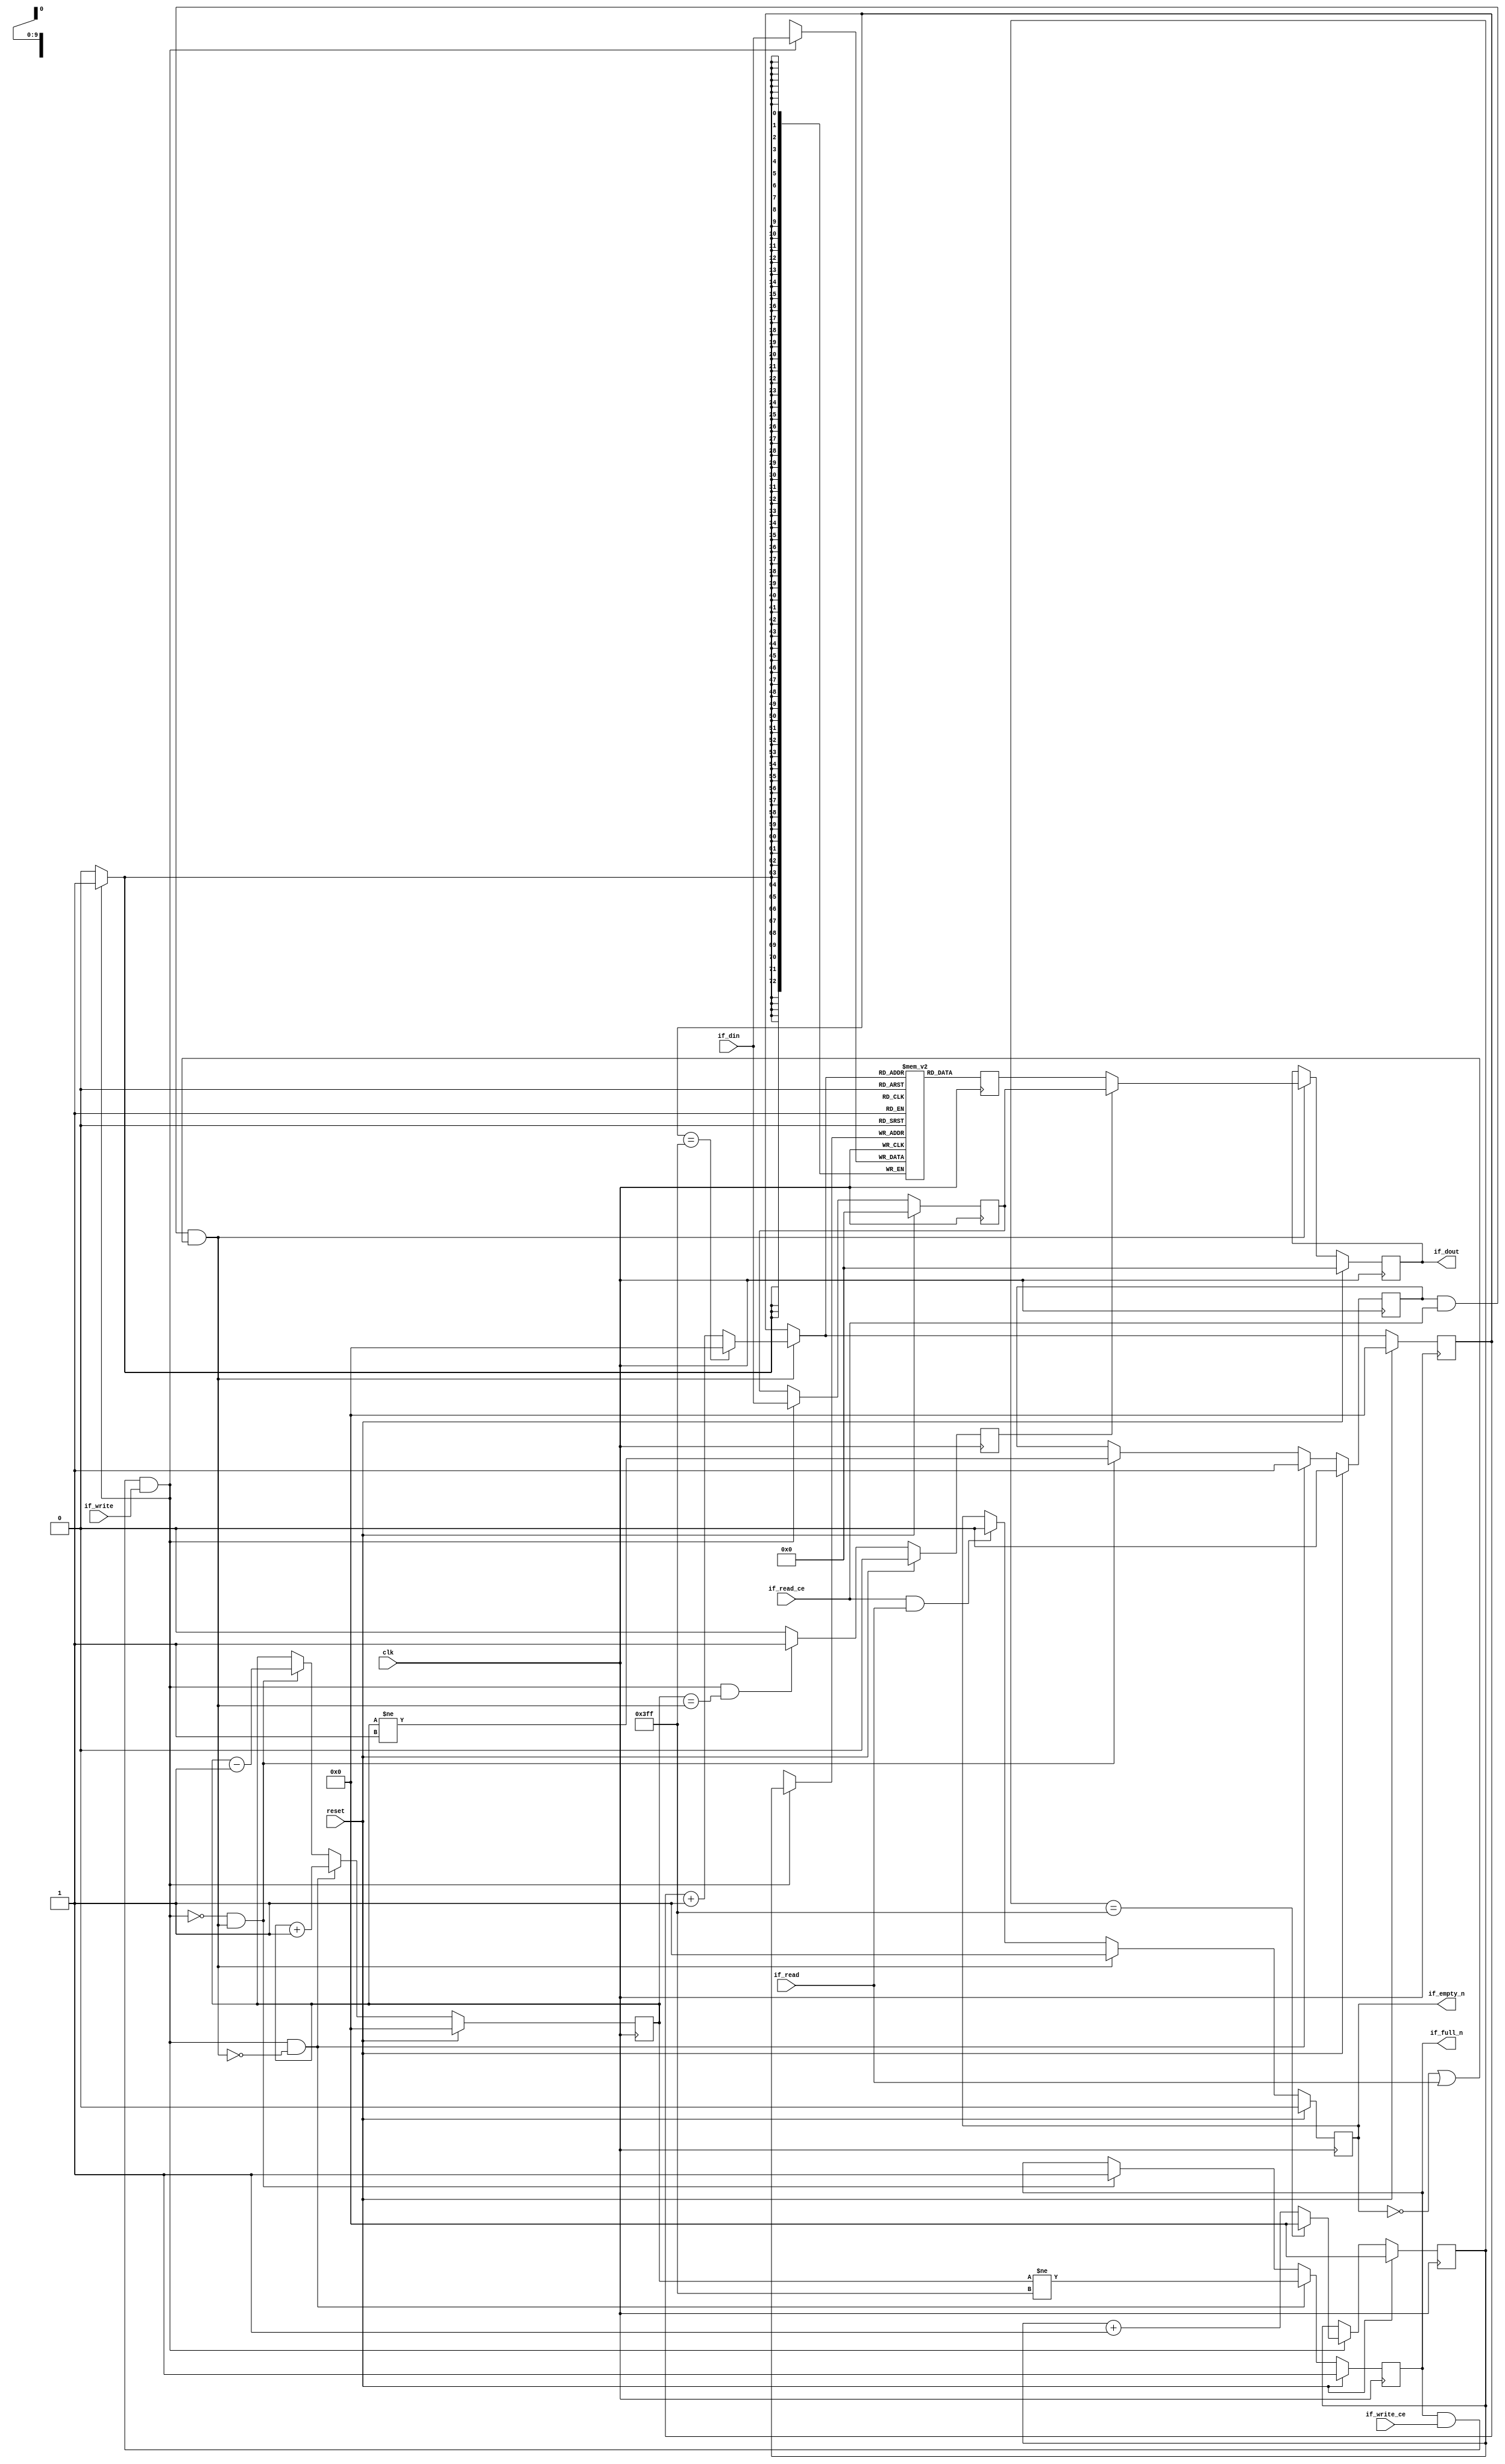
// This program was cloned from: https://github.com/mustafabbas/ECE1373_2016_hft_on_fpga
// License: MIT License

// ==============================================================
// File generated by Vivado(TM) HLS - High-Level Synthesis from C, C++ and SystemC
// Version: 2016.3
// Copyright (C) 1986-2016 Xilinx, Inc. All Rights Reserved.
// 
// ==============================================================


`timescale 1ns/1ps

module udpCapitalize_lb_bkb
#(parameter
    MEM_STYLE  = "block",
    DATA_WIDTH = 73,
    ADDR_WIDTH = 10,
    DEPTH      = 1024
)
(
    // system signal
    input  wire                  clk,
    input  wire                  reset,

    // write
    output wire                  if_full_n,
    input  wire                  if_write_ce,
    input  wire                  if_write,
    input  wire [DATA_WIDTH-1:0] if_din,

    // read
    output wire                  if_empty_n,
    input  wire                  if_read_ce,
    input  wire                  if_read,
    output wire [DATA_WIDTH-1:0] if_dout
);
//------------------------Parameter----------------------

//------------------------Local signal-------------------
(* ram_style = MEM_STYLE *)
reg  [DATA_WIDTH-1:0] mem[0:DEPTH-1];
reg  [DATA_WIDTH-1:0] q_buf = 1'b0;
reg  [ADDR_WIDTH-1:0] waddr = 1'b0;
reg  [ADDR_WIDTH-1:0] raddr = 1'b0;
wire [ADDR_WIDTH-1:0] wnext;
wire [ADDR_WIDTH-1:0] rnext;
wire                  push;
wire                  pop;
reg  [ADDR_WIDTH-1:0] usedw = 1'b0;
reg                   full_n = 1'b1;
reg                   empty_n = 1'b0;
reg  [DATA_WIDTH-1:0] q_tmp = 1'b0;
reg                   show_ahead = 1'b0;
reg  [DATA_WIDTH-1:0] dout_buf = 1'b0;
reg                   dout_valid = 1'b0;


//------------------------Instantiation------------------

//------------------------Task and function--------------

//------------------------Body---------------------------
assign if_full_n  = full_n;
assign if_empty_n = dout_valid;
assign if_dout    = dout_buf;
assign push       = full_n & if_write_ce & if_write;
assign pop        = empty_n & if_read_ce & (~dout_valid | if_read);
assign wnext      = !push                ? waddr :
                    (waddr == DEPTH - 1) ? 1'b0  :
                    waddr + 1'b1;
assign rnext      = !pop                 ? raddr :
                    (raddr == DEPTH - 1) ? 1'b0  :
                    raddr + 1'b1;

// waddr
always @(posedge clk) begin
    if (reset == 1'b1)
        waddr <= 1'b0;
    else
        waddr <= wnext;
end

// raddr
always @(posedge clk) begin
    if (reset == 1'b1)
        raddr <= 1'b0;
    else
        raddr <= rnext;
end

// usedw
always @(posedge clk) begin
    if (reset == 1'b1)
        usedw <= 1'b0;
    else if (push & ~pop)
        usedw <= usedw + 1'b1;
    else if (~push & pop)
        usedw <= usedw - 1'b1;
end

// full_n
always @(posedge clk) begin
    if (reset == 1'b1)
        full_n <= 1'b1;
    else if (push & ~pop)
        full_n <= (usedw != DEPTH - 1);
    else if (~push & pop)
        full_n <= 1'b1;
end

// empty_n
always @(posedge clk) begin
    if (reset == 1'b1)
        empty_n <= 1'b0;
    else if (push & ~pop)
        empty_n <= 1'b1;
    else if (~push & pop)
        empty_n <= (usedw != 1'b1);
end

// mem
always @(posedge clk) begin
    if (push)
        mem[waddr] <= if_din;
end

// q_buf
always @(posedge clk) begin
    q_buf <= mem[rnext];
end

// q_tmp
always @(posedge clk) begin
    if (reset == 1'b1)
        q_tmp <= 1'b0;
    else if (push)
        q_tmp <= if_din;
end

// show_ahead
always @(posedge clk) begin
    if (reset == 1'b1)
        show_ahead <= 1'b0;
    else if (push && usedw == pop)
        show_ahead <= 1'b1;
    else
        show_ahead <= 1'b0;
end

// dout_buf
always @(posedge clk) begin
    if (reset == 1'b1)
        dout_buf <= 1'b0;
    else if (pop)
        dout_buf <= show_ahead? q_tmp : q_buf;
end

// dout_valid
always @(posedge clk) begin
    if (reset == 1'b1)
        dout_valid <= 1'b0;
    else if (pop)
        dout_valid <= 1'b1;
    else if (if_read_ce & if_read)
        dout_valid <= 1'b0;
end

endmodule